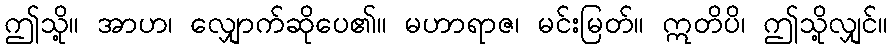
ဤသို့။ အာဟ၊ လျှောက်ဆိုပေ၏။ မဟာရာဇ၊ မင်းမြတ်။ ဣတိပိ၊ ဤသို့လျှင်။